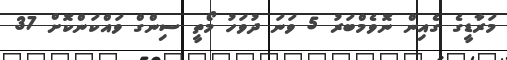
މަރާޑީގެ ގެއިން ނޮވެމްބަރު 5 ވަނަ ދުވަހު މޯތީ ސިންގް ވައްކަންކޮށް 37